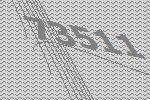
73511